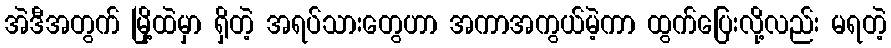
အဲဒီအတွက် မြို့ထဲမှာ ရှိတဲ့ အရပ်သားတွေဟာ အကာအကွယ်မဲ့ကာ ထွက်ပြေးလို့လည်း မရတဲ့